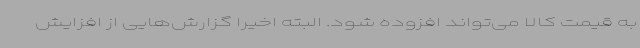
به قیمت کالا می‌تواند افزوده شود. البته اخیرا گزارش‌هایی از افزایش